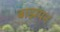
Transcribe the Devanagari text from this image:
बाझंपन